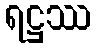
ရဋ္ဌဿ